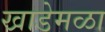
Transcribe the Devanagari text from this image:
खाडेमळा